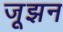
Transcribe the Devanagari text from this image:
जूझन